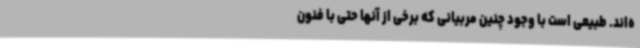
ه‌اند. طبیعی است با وجود چنین مربیانی که برخی از آنها حتی با فنون